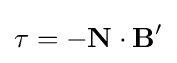
\tau =-\mathbf {N} \cdot \mathbf {B} '